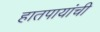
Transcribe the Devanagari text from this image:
हातपायांची